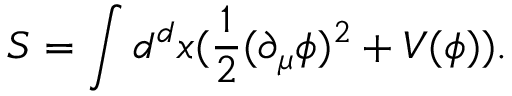
S = \int d ^ { d } x ( \frac { 1 } { 2 } ( \partial _ { \mu } \phi ) ^ { 2 } + V ( \phi ) ) .